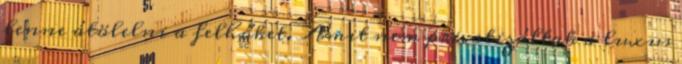
lenne átölelni a felhőket. Amit nem privatizáltak a luxus